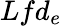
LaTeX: Lfd_{e}